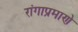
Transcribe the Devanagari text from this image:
रांगाप्रमाणे